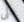
علي